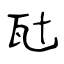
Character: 瓧